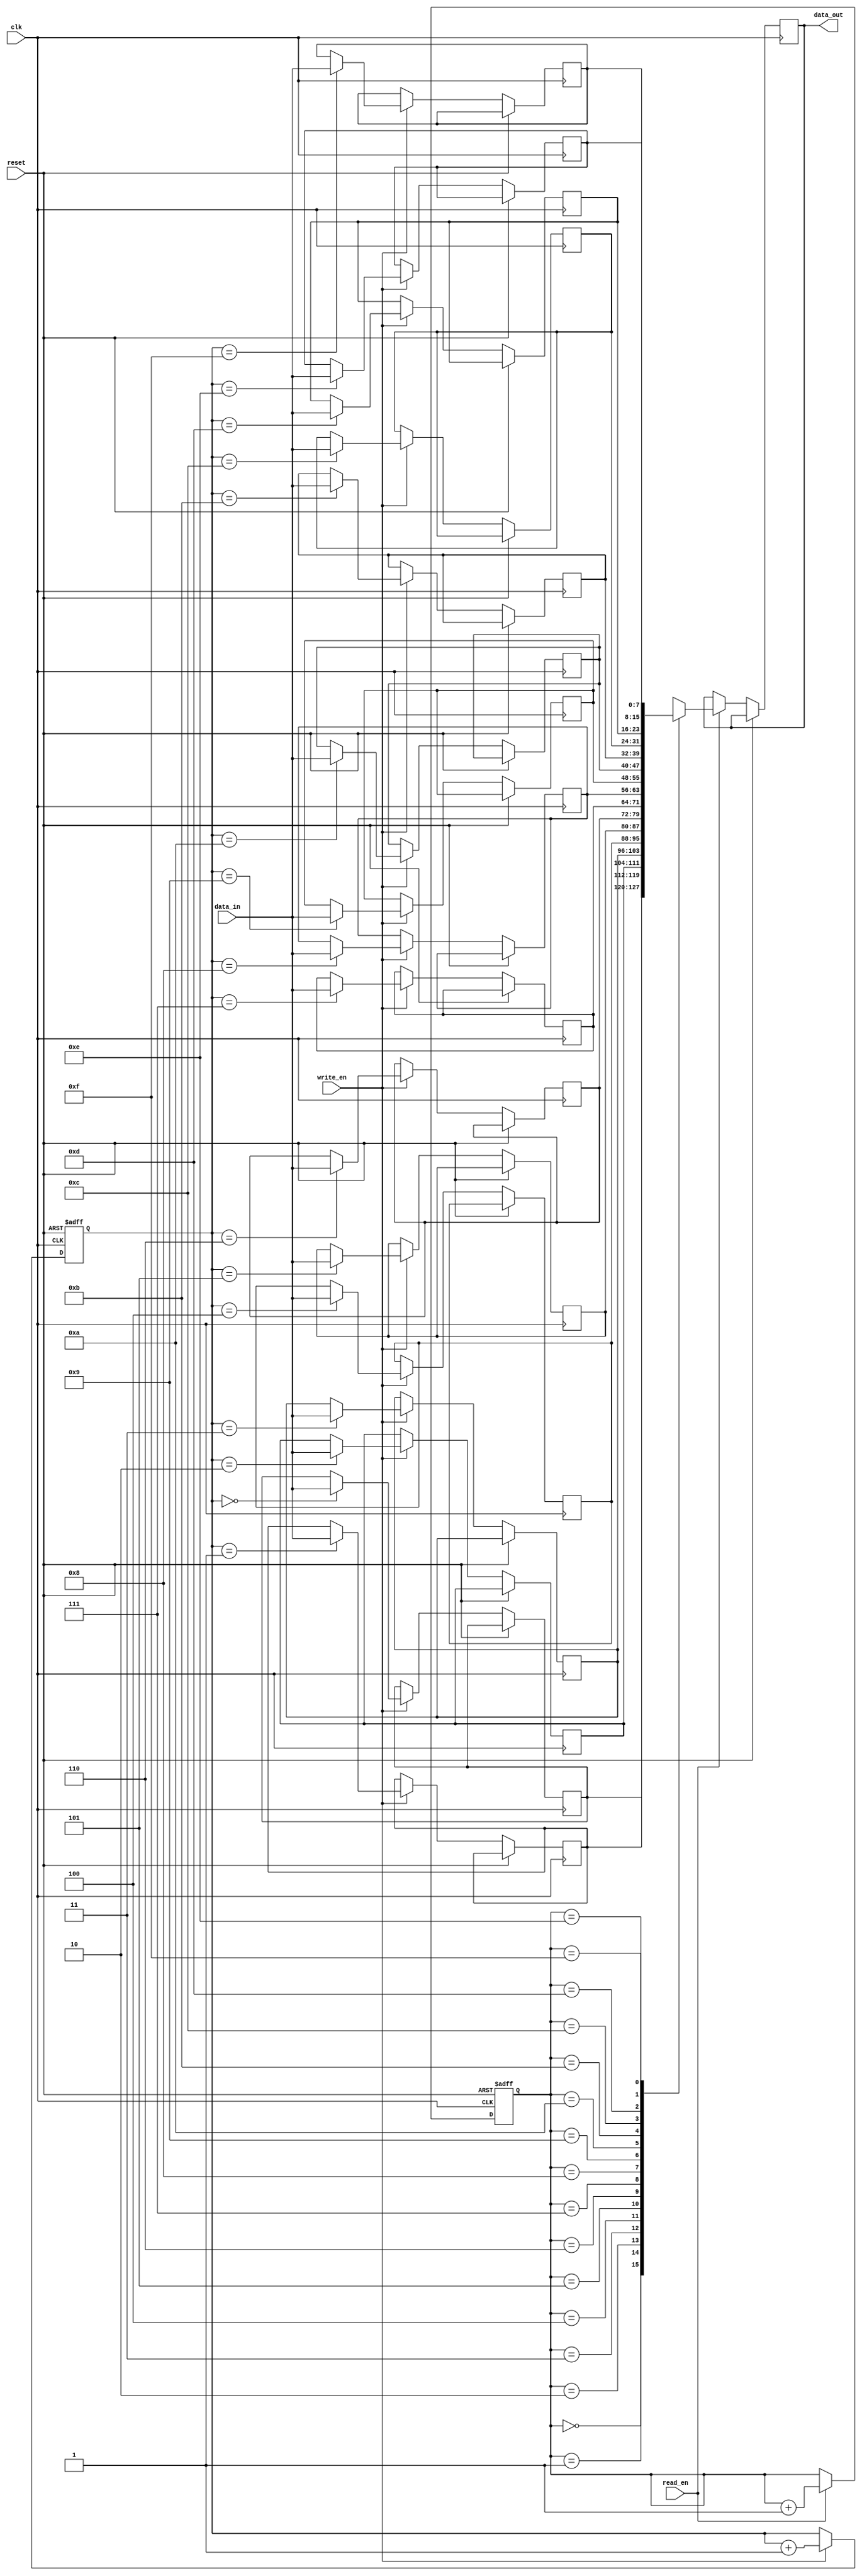
module fifo (
  input clk,          // Clock signal
  input reset,        // Reset signal
  input read_en,      // Read enable signal
  input write_en,     // Write enable signal
  input [7:0] data_in,// Input data
  output reg [7:0] data_out // Output data
);

reg [7:0] memory [0:15]; // FIFO buffer with 16 entries
reg [3:0] write_ptr;     // Write pointer
reg [3:0] read_ptr;      // Read pointer

always @(posedge clk or posedge reset) begin
  if (reset) begin
    write_ptr <= 4'b0000;
    read_ptr <= 4'b0000;
  end else begin
    if (write_en) begin
      memory[write_ptr] <= data_in;
      write_ptr <= write_ptr + 1;
    end
    if (read_en) begin
      data_out <= memory[read_ptr];
      read_ptr <= read_ptr + 1;
    end
  end
end

endmodule